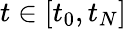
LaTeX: t\in[t_{0},t_{N}]